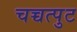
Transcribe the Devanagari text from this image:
चच्चत्पुट